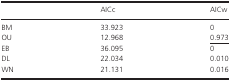
<table><thead><tr><td></td><td><b>AICc</b></td><td><b>AICw</b></td></tr></thead><tbody><tr><td>BM</td><td>33.923</td><td>0</td></tr><tr><td>OU</td><td>12.968</td><td><underline>0.973</underline></td></tr><tr><td>EB</td><td>36.095</td><td>0</td></tr><tr><td>DL</td><td>22.034</td><td>0.010</td></tr><tr><td>WN</td><td>21.131</td><td>0.016</td></tr></tbody></table>